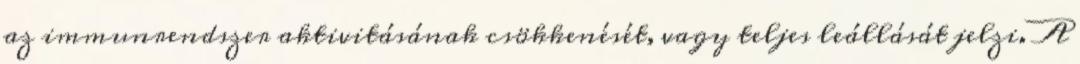
az immunrendszer aktivitásának csökkenését, vagy teljes leállását jelzi. A